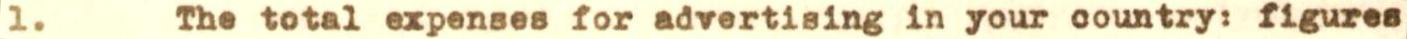
1. The total expenses for advertising in your country: figures